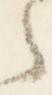
之